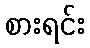
စားရင်း